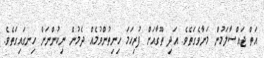
އަތް ޖައްސާލަމުން މަނާވެގަތެވެ. އަދި ތޫގާއަށް ފުރިހަމަ ހިނިތުންވުމެއް ދެމުން ނިކުންނަން ހިނގައިގަތެވެ.